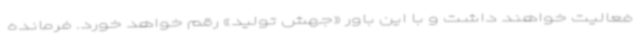
فعالیت خواهند داشت و با این باور «جهش تولید» رقم خواهد خورد. فرمانده